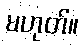
မဟုတ်။